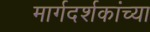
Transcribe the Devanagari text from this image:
मार्गदर्शकांच्या